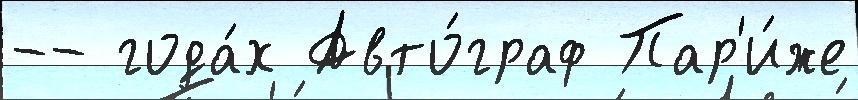
-- года́х Авто́граф Пар'и́же